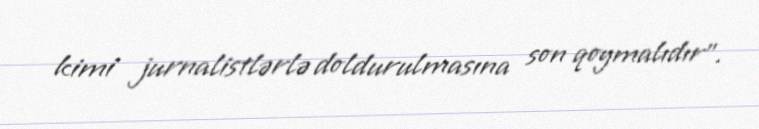
kimi jurnalistlərlə doldurulmasına son qoymalıdır”.